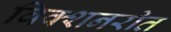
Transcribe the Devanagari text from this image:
विक्शनरीत